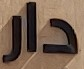
دار